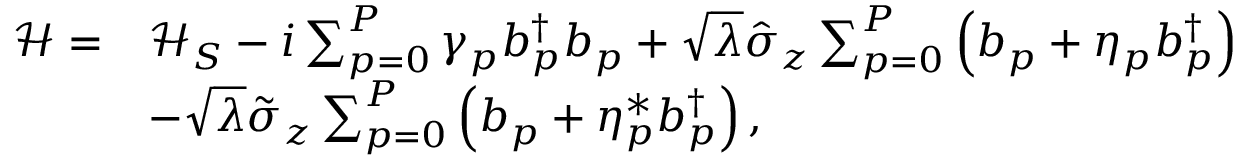
\begin{array} { r l } { \mathcal { H } = } & { \mathcal { H } _ { S } - i \sum _ { p = 0 } ^ { P } \gamma _ { p } b _ { p } ^ { \dagger } b _ { p } + \sqrt { \lambda } \hat { \sigma } _ { z } \sum _ { p = 0 } ^ { P } \left( b _ { p } + \eta _ { p } b _ { p } ^ { \dagger } \right) } \\ & { - \sqrt { \lambda } \tilde { \sigma } _ { z } \sum _ { p = 0 } ^ { P } \left( b _ { p } + \eta _ { p } ^ { * } b _ { p } ^ { \dagger } \right) , } \end{array}